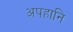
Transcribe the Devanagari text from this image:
अपहानि